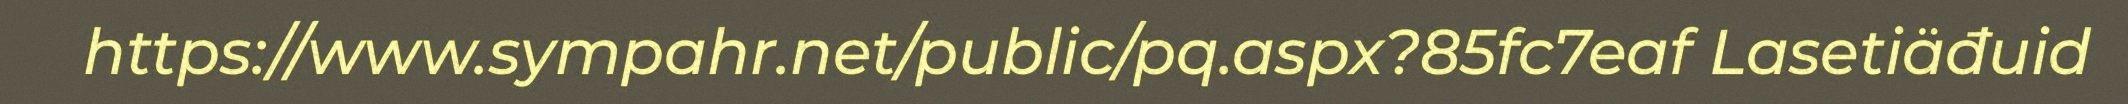
https://www.sympahr.net/public/pq.aspx?85fc7eaf Lasetiäđuid